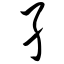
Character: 孑